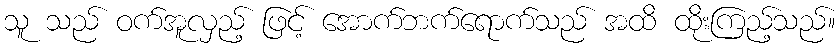
သူ သည် ဝက်အူလှည့် ဖြင့် အောက်ဘက်ရောက်သည် အထိ ထိုးကြည့်သည်။